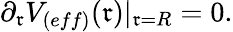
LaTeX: \partial_{\mathfrak{r}}V_{(eff)}(\mathfrak{r})|_{\mathfrak{r}=R}=0.